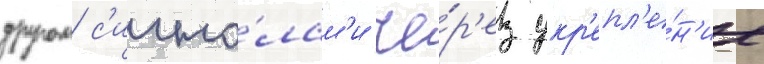
другом с'игна́лам'и че́р'ез укр'епл'е́н'ие